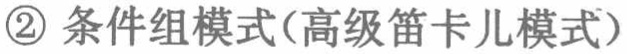
\textcircled{2} 条件组模式(高级笛卡儿模式)